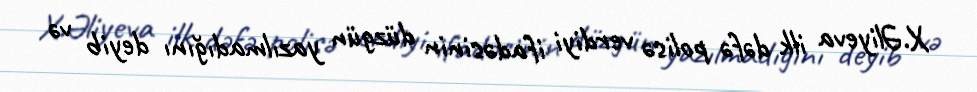
X.Əliyeva ilk dəfə polisə verdiyi ifadəsinin düzgün yazılmadığını deyib və